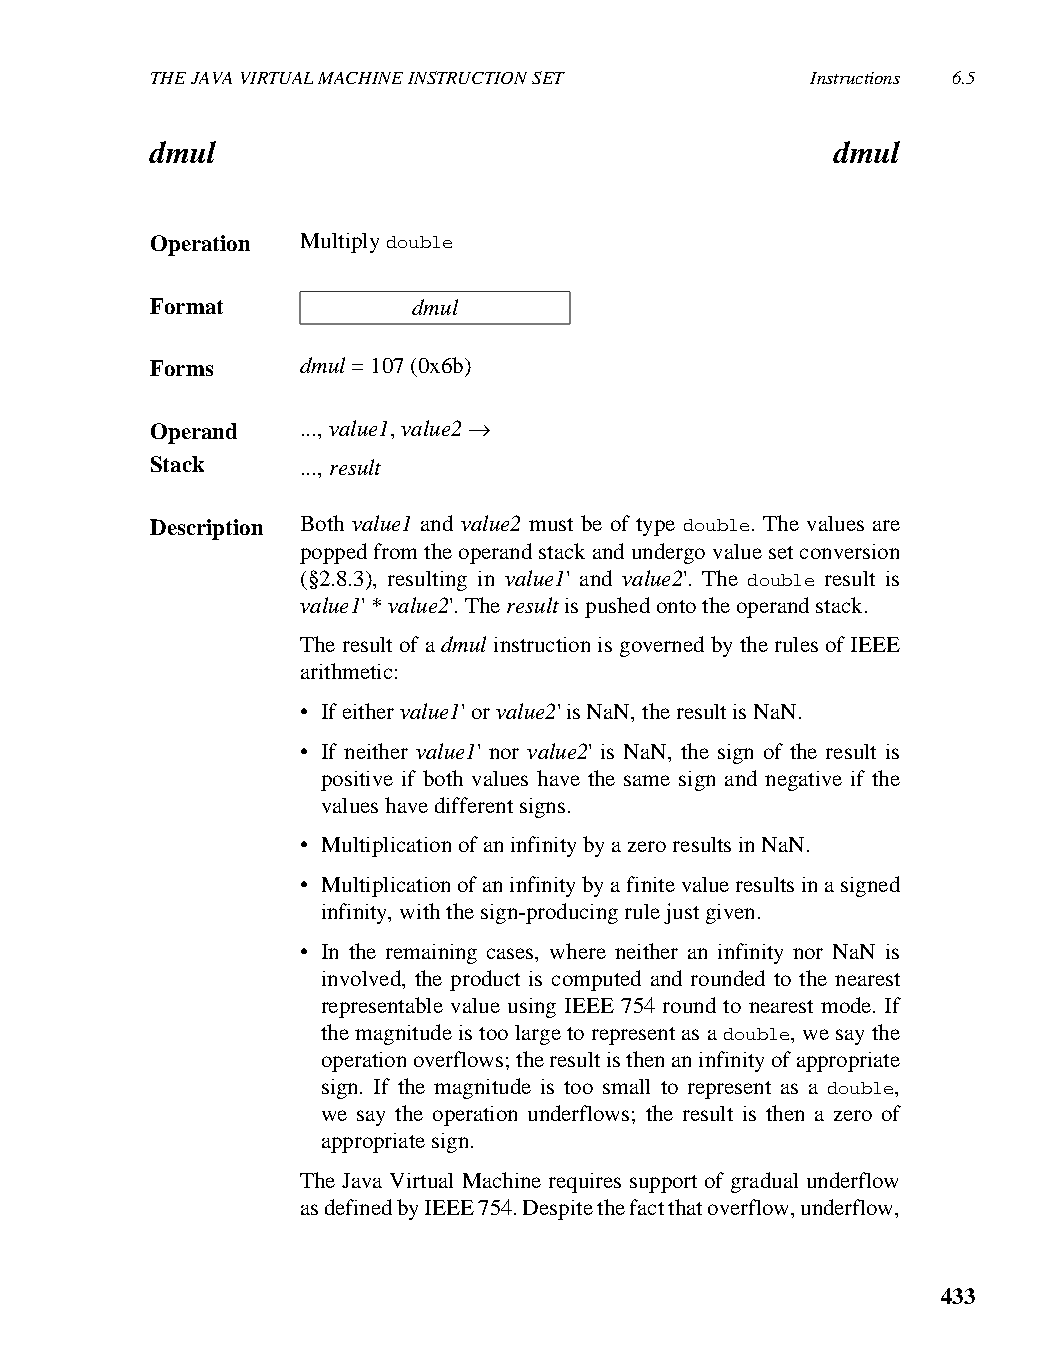
THE JAVA VIRTUAL MACHINE INSTRUCTION SET    Instructions 6.5
 dmul                                         dmul
 Operation Multiply double
 Format           dmul
 Forms     dmul = 107 (0x6b)
 Operand   ..., value1, value2 →
 Stack     ..., result
 Description Both value1 and value2 must be of type double. The values are
 popped from the operand stack and undergo value set conversion
 (§2.8.3), resulting in value1' and value2'. The double result is
 value1' * value2'. The result is pushed onto the operand stack.
 The result of a dmul instruction is governed by the rules of IEEE
 arithmetic:
 • If either value1' or value2' is NaN, the result is NaN.
 • If neither value1' nor value2' is NaN, the sign of the result is
 positive if both values have the same sign and negative if the
 values have different signs.
 • Multiplication of an infinity by a zero results in NaN.
 • Multiplication of an infinity by a finite value results in a signed
 infinity, with the sign-producing rule just given.
 • In the remaining cases, where neither an infinity nor NaN is
 involved, the product is computed and rounded to the nearest
 representable value using IEEE 754 round to nearest mode. If
 the magnitude is too large to represent as a double, we say the
 operation overflows; the result is then an infinity of appropriate
 sign. If the magnitude is too small to represent as a double,
 we say the operation underflows; the result is then a zero of
 appropriate sign.
 The Java Virtual Machine requires support of gradual underflow
 as defined by IEEE 754. Despite the fact that overflow, underflow,
 433